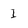
Character: I